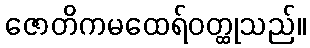
ဇောတိကမထေရ်ဝတ္ထုသည်။